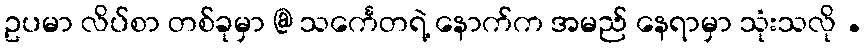
ဥပမာ လိပ်စာ တစ်ခုမှာ @ သင်္ကေတရဲ့ နောက်က အမည် နေရာမှာ သုံးသလို .